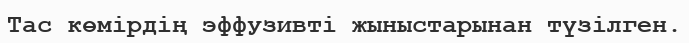
Тас көмірдің эффузивті жыныстарынан түзілген.